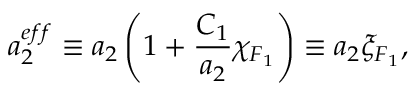
a _ { 2 } ^ { e f f } \equiv a _ { 2 } \left( 1 + \frac { C _ { 1 } } { a _ { 2 } } \chi _ { F _ { 1 } } \right) \equiv a _ { 2 } \xi _ { F _ { 1 } } ,